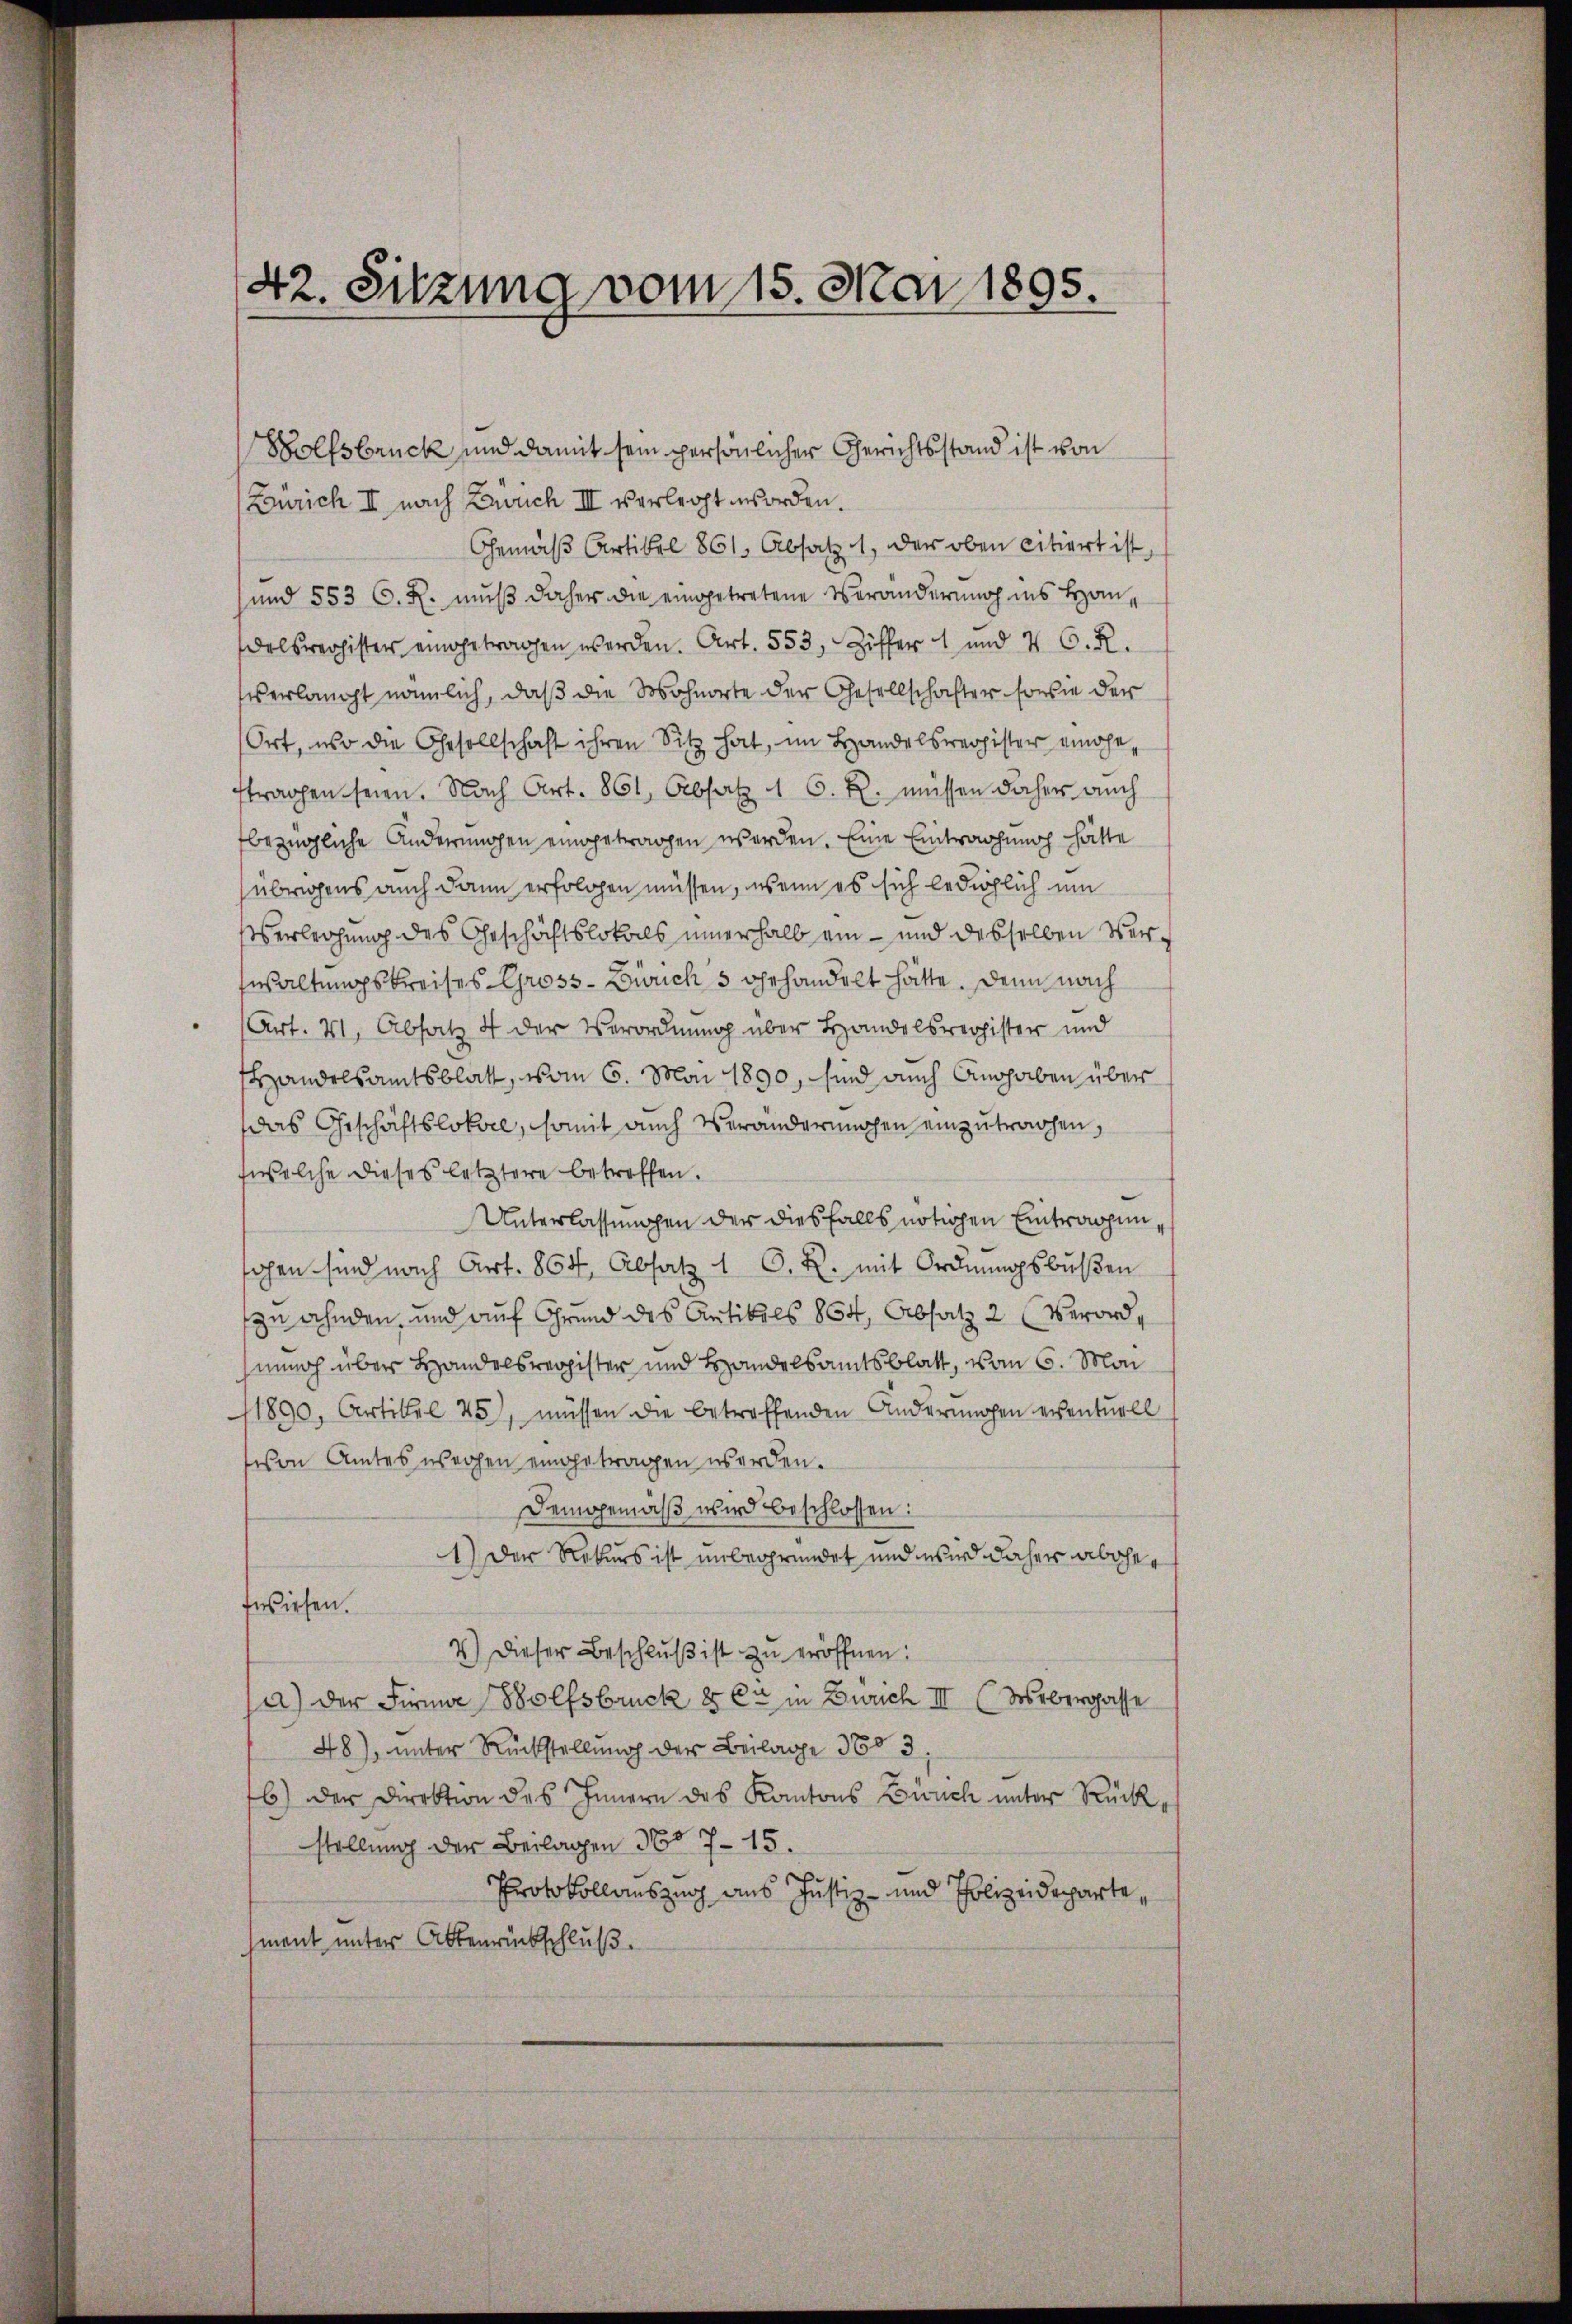
Wolfsbruck und damit sein persönlicher Gerichtsstand ist von
Zürich II nach Rauch III verlegt worden.
Gemäß Artikel 861. Absatz 1, der oben citiert ist,
und 553 C. R. muß daher die eingetretene Veränderung ins Handelsrechister eingetragen werden. Art. 553, Ziffer  und 4 C. R.
s erlangt nämlich, daß die Wohnorte der Gesellschafter sowie der
Ort, wo die Gesellschaft ihren Sitz hat, im Handelsregister einaheftragen seien. Nach Art. 861, Absatz 1 6. R. müssen daher auch
bezügliche Anderungen eingetragen werden. Eine Eintragung hätte
übrigens auch dann erfolgen müssen, wenn es sich lediglich um
Verleihung des Geschäftslokals innerhalb ein – und desselben Verwaltungskreises Gross-Zürich 5 gehandelt hätte. Denn nach
(Art. 41, Absatz 4 der Verordnung über Handelsregister und
Handelsamtsblatt, vom 6. Mai 1890, sind auch Angaben über
das Geschäftslokal, somit auch Veranderungen einzutrachen,
(welche dieses letztere betreffen.
Unterlassungen der diesfalls nötigen Eintragen
sahen sind nach Art. 864, Absatz 1 O. R. mit Ordnungsbußen
zu ahnden, und auf Grund des Antikels 854, Absatz 2 (Verordhennoch über Handelsregister und Handelsamtsblatt, vom 6. Mai
11890, Artikel 25), müssen die betreffenden Änderungen eventuell
ison Amtes werchen eingetragen werden.
Demgemäß wird beschlossen:
1) Der Rekurs ist unbegründet und wird daher abgefwiesen.
4.) Dieser Beschlŭβ ist zu eröffnen.
a) der Firma Wolfsbruck 8 Er in Zürich III (Webergasse
48), unter Rückstellung der Beilage 360 3
6) der Direktion des Innern des Kantons Zürich unter Rückstellung der Beilagen No 715.
Protokollauszug aus Justiz- und Polizeideparte,
ment unter Aktenrückschluß

42. Sitzung vom 15. Mai 1895.